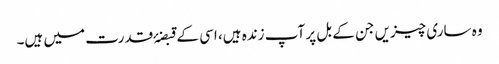
وہ ساری چیزیں جن کے بل پر آپ زندہ ہیں، اسی کے قبضۂ قدرت میں ہیں۔